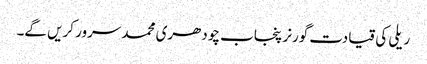
ریلی کی قیادت گورنر پنجاب چودھری محمد سرور کریں گے۔